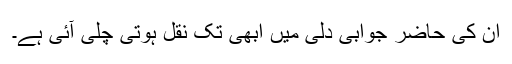
ان کی حاضر جوابی دلی میں ابھی تک نقل ہوتی چلی آئی ہے۔